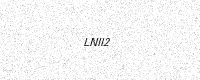
Text: LNII2